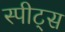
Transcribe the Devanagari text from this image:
स्पीट्स